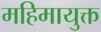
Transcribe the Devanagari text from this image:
महिमायुक्त